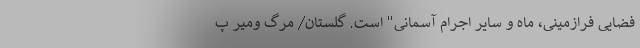
فضایی فرازمینی، ماه و سایر اجرام آسمانی" است. گلستان/ مرگ‌ ومیر پ